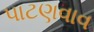
પાટણવાવ